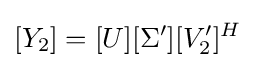
[Y_{2}]=[U][\Sigma '][V_{2}']^{H}